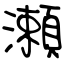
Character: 瀬